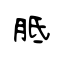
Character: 胝